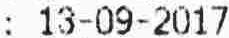
: 13-09-2017